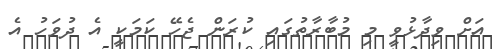
އަށް ވިދާޅުވީ މި މުބާރާތުގައި ކުރަން ޖެހޭ ކަމަކީ އެ ދުވަހު އެ